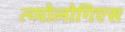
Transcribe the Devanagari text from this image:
त्य्पोलोगिएस